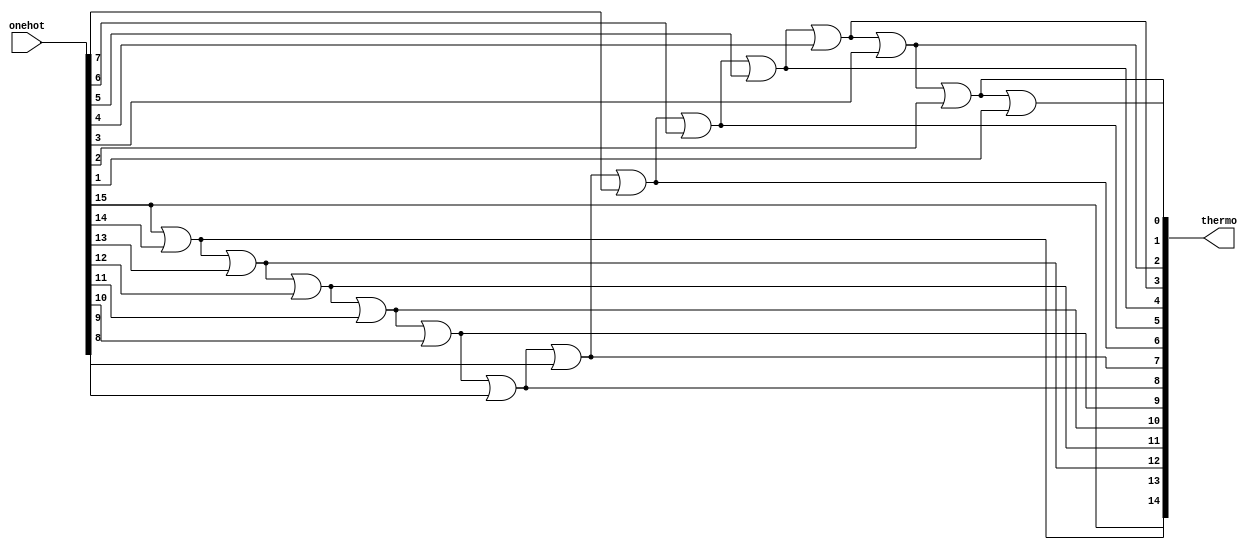
`timescale 1ns/1ns

module onehot_to_thermo(
    onehot,
    thermo
    );

input [15:0] onehot;
output reg [14:0] thermo;

integer i;

always @(onehot) begin
    thermo[14] = onehot[15];
    for (i = 14; i >= 1; i = i - 1) begin
        thermo[i - 1] = thermo[i] | onehot[i];
    end
end

endmodule